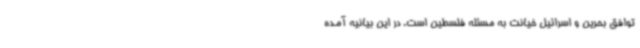
توافق بحرین و اسرائیل خیانت به مسئله فلسطین است. در این بیانیه آمده